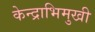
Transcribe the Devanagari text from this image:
केन्द्राभिमुखी